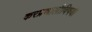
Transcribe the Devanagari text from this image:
करप्रणालीविषयी